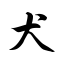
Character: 犬